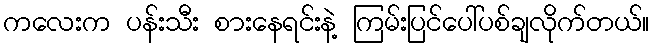
ကလေးက ပန်းသီး စားနေရင်းနဲ့ ကြမ်းပြင်ပေါ်ပစ်ချလိုက်တယ်။